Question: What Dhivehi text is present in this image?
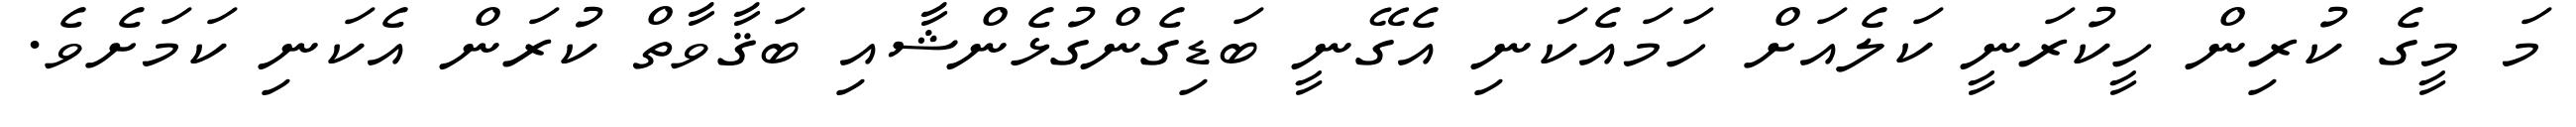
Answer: މަ މީގެ ކުރިން ހީކުރަނީ ކަލެއަށް ހަމައެކަނި އެގޭނީ ބަޑިގެންގުޅެންޝާއި ބަޤާވާތް ކުރަން އެކަނި ކަމަށެވެ.